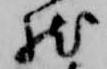
然